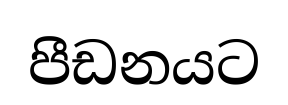
පීඩනයට